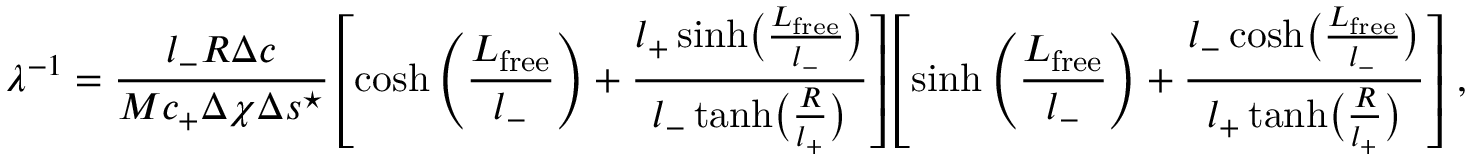
\lambda ^ { - 1 } = \frac { l _ { - } R \Delta c } { M c _ { + } \Delta \chi \Delta s ^ { \star } } \left[ \cosh \left( \frac { L _ { \mathrm { f r e e } } } { l _ { - } } \right) + \frac { l _ { + } \sinh \bigl ( \frac { L _ { \mathrm { f r e e } } } { l _ { - } } \bigr ) } { l _ { - } \operatorname { t a n h } \bigl ( \frac { R } { l _ { + } } \bigr ) } \right] \left[ \sinh \left( \frac { L _ { \mathrm { f r e e } } } { l _ { - } } \right) + \frac { l _ { - } \cosh \bigl ( \frac { L _ { \mathrm { f r e e } } } { l _ { - } } \bigr ) } { l _ { + } \operatorname { t a n h } \bigl ( \frac { R } { l _ { + } } \bigr ) } \right] \, ,